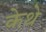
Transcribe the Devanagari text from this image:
केथे